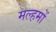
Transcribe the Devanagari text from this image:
मल्हमों